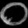
Digit: ၀